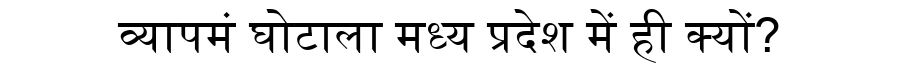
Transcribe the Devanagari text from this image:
व्यापमं घोटाला मध्य प्रदेश में ही क्यों?